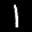
Label: 1